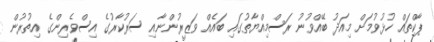
ޕާކްތައް ހުޅުވުމަށް މިއަދު ބޭއްވުނު ރަސްމިއްޔާތުގައި ބައެއް ވަޒީރުންނާއި ސަރުކާރުގެ އިސްވެރިންގެ އިތުރުން